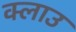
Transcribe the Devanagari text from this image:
क्लाउ